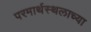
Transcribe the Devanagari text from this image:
परमार्थस्थलाच्या